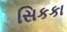
સિકકા